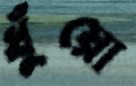
ধুঁয়ো